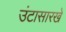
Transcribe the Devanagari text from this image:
उंटासारखे